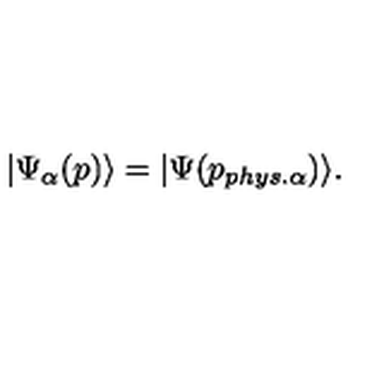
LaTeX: | \Psi _ { \alpha } ( p ) \rangle = | \Psi ( p _ { p h y s . \alpha } ) \rangle .